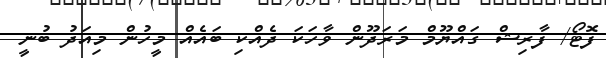
ފޮޓޯ/ ފާރިޝް ގައްޔޫމް މަރަދޫން ވާހަކަ ދެއްކި ބައެއް މީހުން މިއަދު ބުނީ